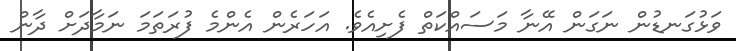
ވަޅުގަނޑުން ނަގަން އޭނާ މަސައްކަތް ފެށިއެވެ. އަހަރެން އެންމެ ފުރަތަމަ ނަމާދަށް ދާން